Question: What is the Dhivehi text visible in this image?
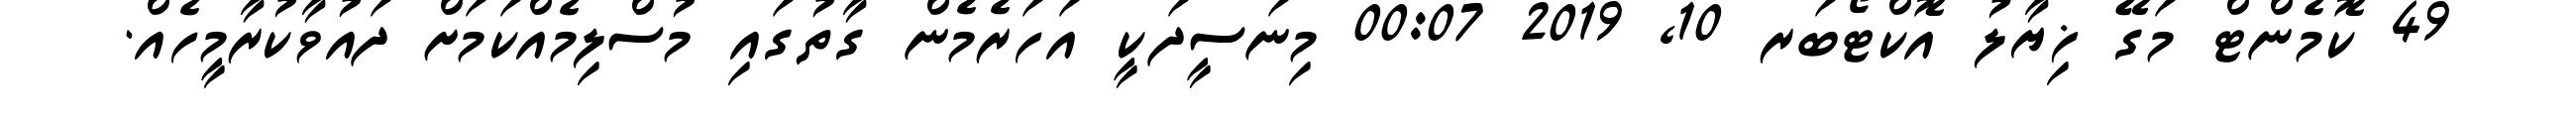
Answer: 49 ކޮމެންޓް މަގޭ ޚިޔާލު އޮކްޓޯބަރ 10, 2019 00:07 މިނަސީދަކީ އަހަރެމެން ގާތުގައި މުސްލިމެއްކަމަށް ދައުވާކުރާމީހެއް.